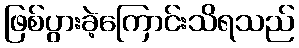
ဖြစ်ပွားခဲ့ကြောင်းသိရသည်